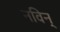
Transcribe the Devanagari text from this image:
नविन्